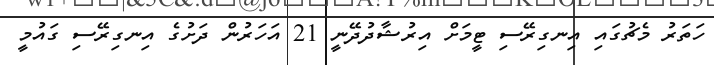
ހަތަރު މެޗުގައި އިނގިރޭސި ޓީމަށް އިރުޝާދުދޭނީ 21 އަހަރުން ދަށުގެ އިނގިރޭސި ގައުމީ